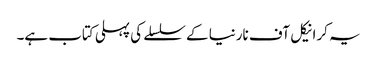
یہ کرانیکل آف نارنیا کے سلسلے کی پہلی کتاب ہے۔